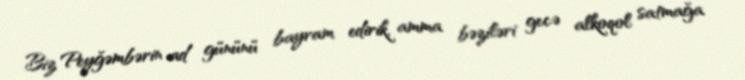
Biz Peyğəmbərin ad gününü bayram edirik, amma bəziləri gecə alkoqol satmağa